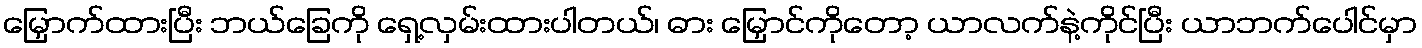
မြှောက်ထားပြီး ဘယ်ခြေကို ရှေ့လှမ်းထားပါတယ်၊ ဓား မြှောင်ကိုတော့ ယာလက်နဲ့ကိုင်ပြီး ယာဘက်ပေါင်မှာ